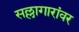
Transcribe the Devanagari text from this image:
सल्लागारांवर